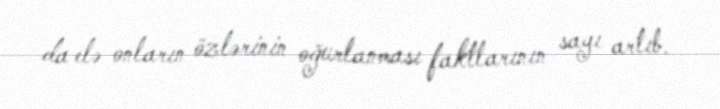
da elə onların özlərinin oğurlanması faktlarının sayı artıb.